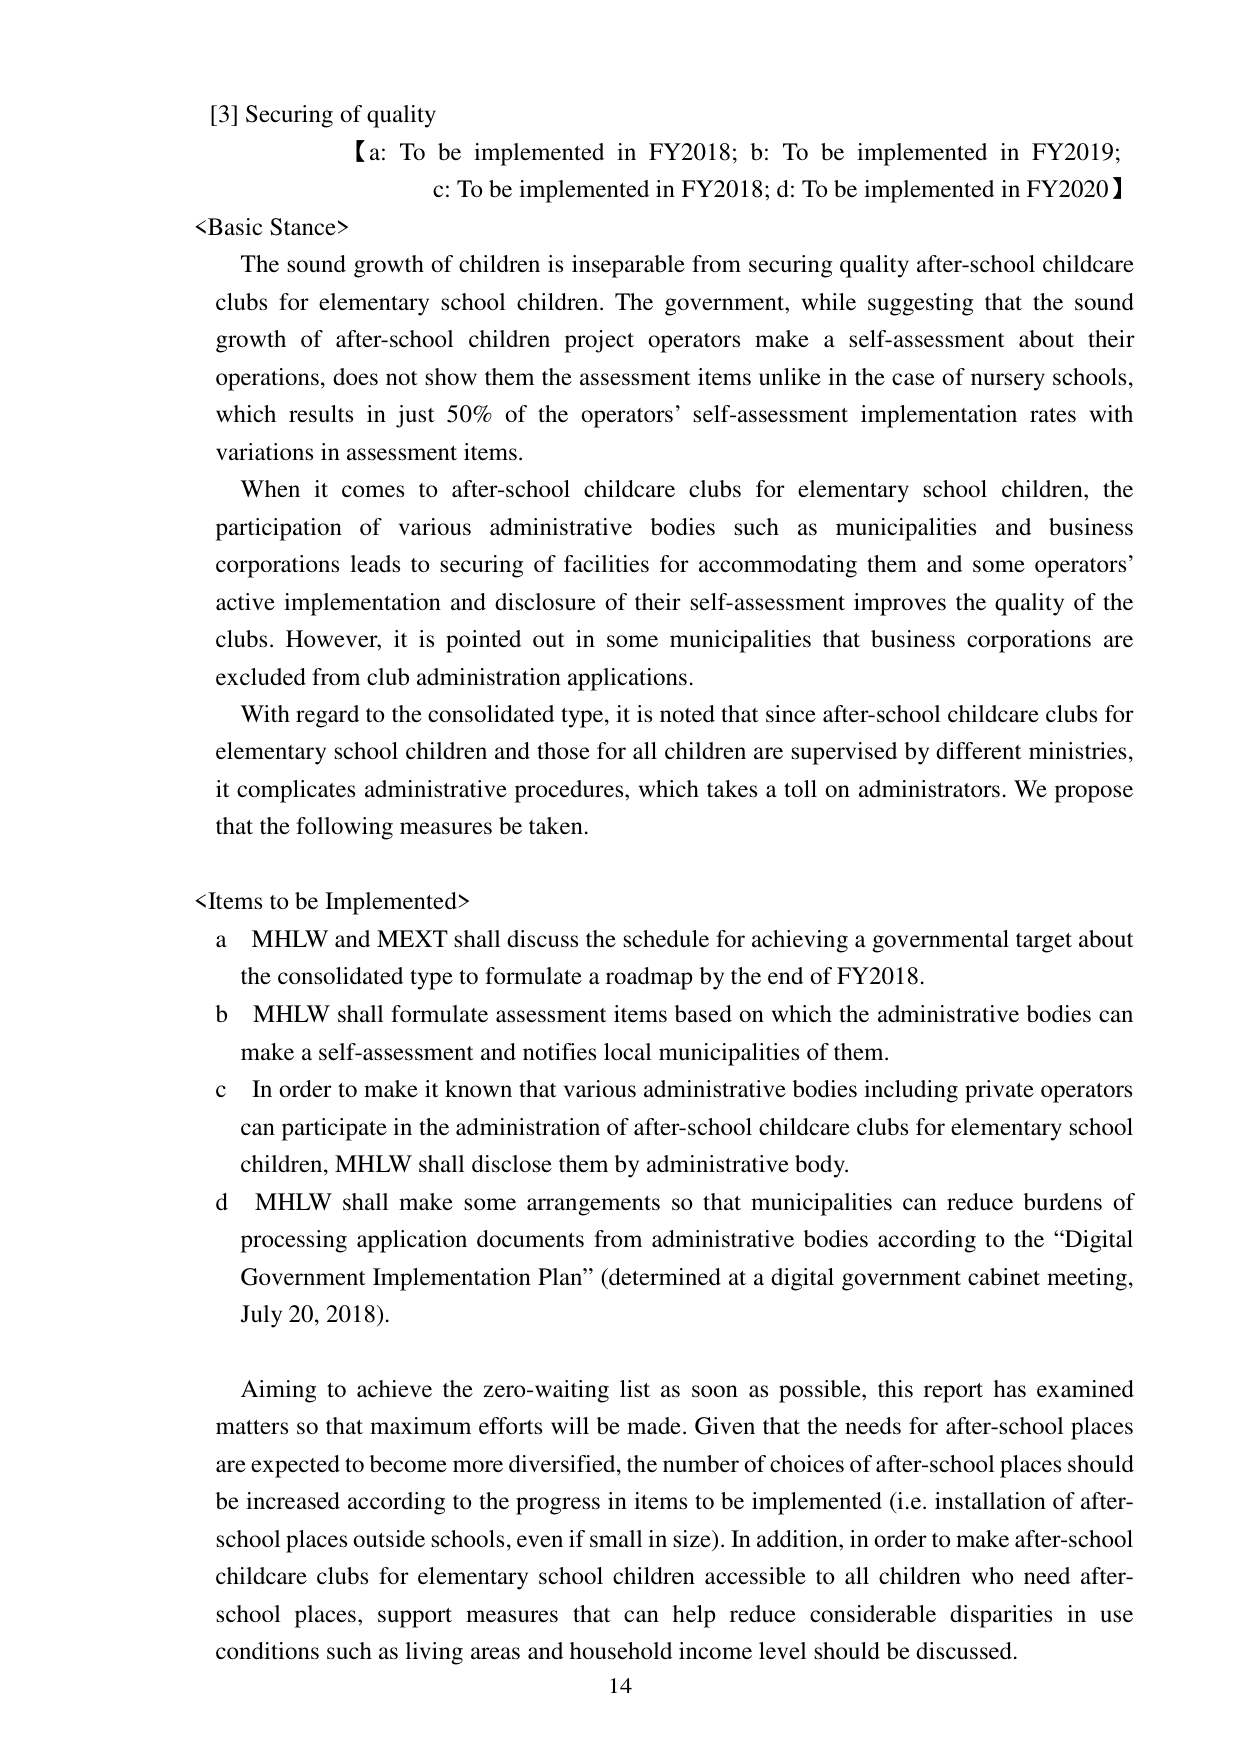
[3] Securing of quality
【a: To be implemented in FY2018; b: To be implemented in FY2019;
c: To be implemented in FY2018; d: To be implemented in FY2020】

<Basic Stance>
The sound growth of children is inseparable from securing quality after-school childcare clubs for elementary school children. The government, while suggesting that the sound growth of after-school children project operators make a self-assessment about their operations, does not show them the assessment items unlike in the case of nursery schools, which results in just 50% of the operators’ self-assessment implementation rates with variations in assessment items.

When it comes to after-school childcare clubs for elementary school children, the participation of various administrative bodies such as municipalities and business corporations leads to securing of facilities for accommodating them and some operators’ active implementation and disclosure of their self-assessment improves the quality of the clubs. However, it is pointed out in some municipalities that business corporations are excluded from club administration applications.

With regard to the consolidated type, it is noted that since after-school childcare clubs for elementary school children and those for all children are supervised by different ministries, it complicates administrative procedures, which takes a toll on administrators. We propose that the following measures be taken.

<Items to be Implemented>
a MHLW and MEXT shall discuss the schedule for achieving a governmental target about the consolidated type to formulate a roadmap by the end of FY2018.
b MHLW shall formulate assessment items based on which the administrative bodies can make a self-assessment and notifies local municipalities of them.
c In order to make it known that various administrative bodies including private operators can participate in the administration of after-school childcare clubs for elementary school children, MHLW shall disclose them by administrative body.
d MHLW shall make some arrangements so that municipalities can reduce burdens of processing application documents from administrative bodies according to the “Digital Government Implementation Plan” (determined at a digital government cabinet meeting, July 20, 2018).

Aiming to achieve the zero-waiting list as soon as possible, this report has examined matters so that maximum efforts will be made. Given that the needs for after-school places are expected to become more diversified, the number of choices of after-school places should be increased according to the progress in items to be implemented (i.e. installation of after-school places outside schools, even if small in size). In addition, in order to make after-school childcare clubs for elementary school children accessible to all children who need after-school places, support measures that can help reduce considerable disparities in use conditions such as living areas and household income level should be discussed.

14